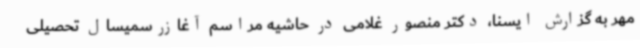
مهر به گزارش ایسنا، دکتر منصور غلامی در حاشیه مراسم آغازرسمیسال تحصیلی